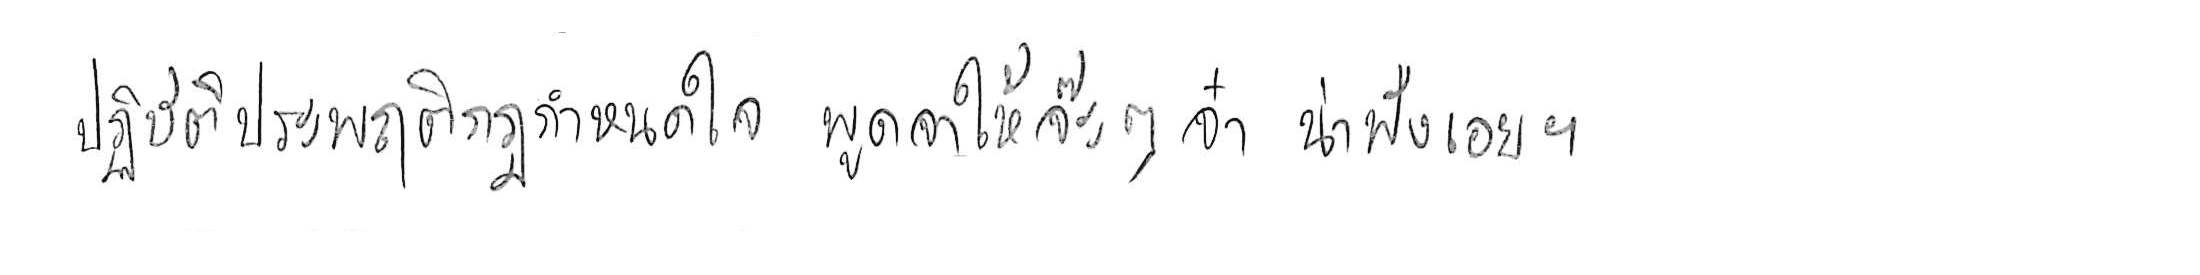
ปฏิบัติประพฤติกฎกำหนดใจ พูดจาให้จ๊ะๆ จ๋า น่าฟังเอยฯ